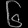
Digit: ၆